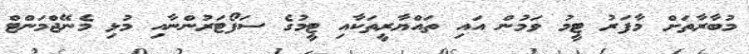
މުބާރާތަށް މާފަރު ޓީމު ވަމުން އައި ތައްޔާރީތަކާއި ޓީމުގެ ސަފޯޓަރުންނާއި މުޅި މެނޭޖްމަންޓް